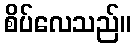
စိပ်လေသည်။